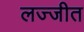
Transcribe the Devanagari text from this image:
लज्जीत